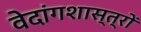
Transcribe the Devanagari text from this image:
वेदांगशास्त्रों